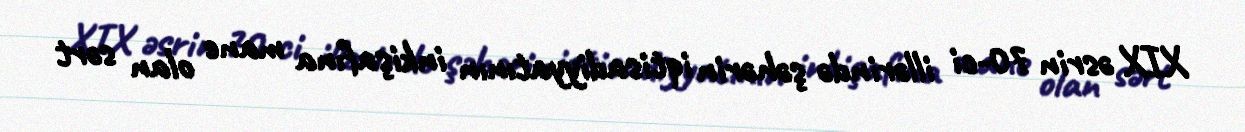
XIX əsrin 70-ci illərində şəhərin iqtisadiyyatının inkişafına mane olan sərt